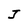
Character: J